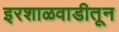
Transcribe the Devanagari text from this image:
इरशाळवाडीतून